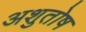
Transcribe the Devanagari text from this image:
अशुतोष